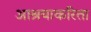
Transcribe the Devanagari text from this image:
आश्रयाकरिता